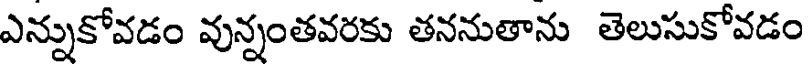
ఎన్నుకోవడం వున్నంతవరకు తననుతాను తెలుసుకోవడం